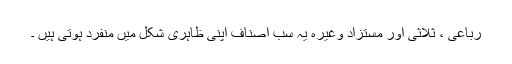
رُباعی ، ثلاثی اور مستزاد وغیرہ یہ سب اصناف اپنی ظاہری شکل میں منفرد ہوتی ہیں ۔